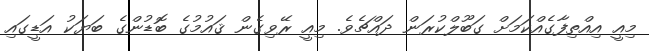
މިއީ އިއްތިފާގެއްކަމަށް ގަބޫލްކުރަން ދައްޗެވެ. މިއީ ރޭވިގެން ޤައުމުގެ ބޮޑުންގެ ބަޔަކު އަޑީގައި